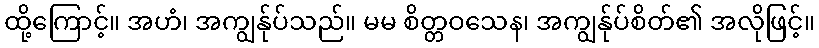
ထို့ကြောင့်။ အဟံ၊ အကျွန်ုပ်သည်။ မမ စိတ္တဝသေန၊ အကျွန်ုပ်စိတ်၏ အလိုဖြင့်။